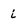
Character: i